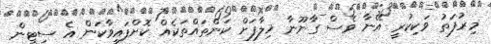
މިރުފަތު ވަކިކުރީ އޭނާ ވެސް ގާނޫނާ ޚިލާފަށް ކަންތައްތަކެއް ކޮށްފައިވާކަން އެ ސިޓީން